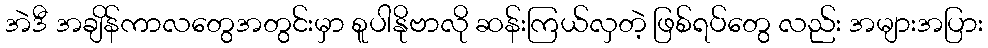
အဲဒီ အချိန်ကာလတွေအတွင်းမှာ စူပါနိုဗာလို ဆန်းကြယ်လှတဲ့ ဖြစ်ရပ်တွေ လည်း အများအပြား